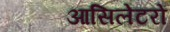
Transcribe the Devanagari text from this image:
आसिलेटरों